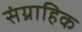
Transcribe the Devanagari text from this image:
संग्राहिक